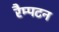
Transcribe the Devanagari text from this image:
रैम्पटन